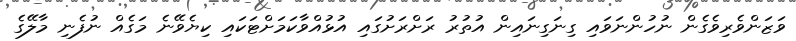
ވަޒަންވެރިވެގެން ނުހުންނަވައި ގިނަގިނައިން އުތުރު ރަށްރަށުގައި އުޅުއްވާކަމަށްޓަކައި ކިޔެވޭނެ މަގެއް ނުފެނި މާލޭގެ